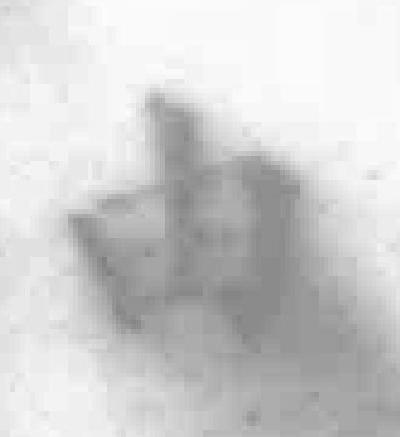
由